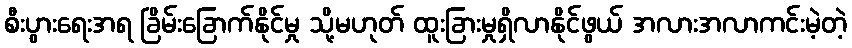
စီးပွားရေးအရ ခြိမ်းခြောက်နိုင်မှု သို့မဟုတ် ထူးခြားမှုရှိလာနိုင်ဖွယ် အလားအလာကင်းမဲ့တဲ့